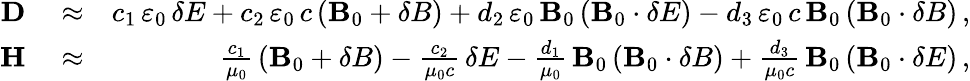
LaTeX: \begin{array}{rlr}{{\mathbf D}}&{{}\approx}&{c_{1}\, \varepsilon_{0}\, {\mathbf\delta E}+c_{2}\, \varepsilon_{0}\, c\left({\mathbf B}_{0}+{\mathbf\delta B}\right)+d_{2}\, \varepsilon_{0}\, {\mathbf B}_{0}\left({\mathbf B}_{0}\cdot{\mathbf\delta E}\right)-d_{3}\, \varepsilon_{0}\, c\, {\mathbf B}_{0}\left({\mathbf B}_{0}\cdot{\mathbf\delta B}\right)\, ,}\\ {{\mathbf H}}&{{}\approx}&{\frac{c_{1}}{\mu_{0}}\, \left({\mathbf B}_{0}+{\mathbf\delta B}\right)-\frac{c_{2}}{\mu_{0}c}\, {\mathbf\delta E}-\frac{d_{1}}{\mu_{0}}\, {\mathbf B}_{0}\left({\mathbf B}_{0}\cdot{\mathbf\delta B}\right)+\frac{d_{3}}{\mu_{0}c}\, {\mathbf B}_{0}\left({\mathbf B}_{0}\cdot{\mathbf\delta E}\right)\, ,}\end{array}